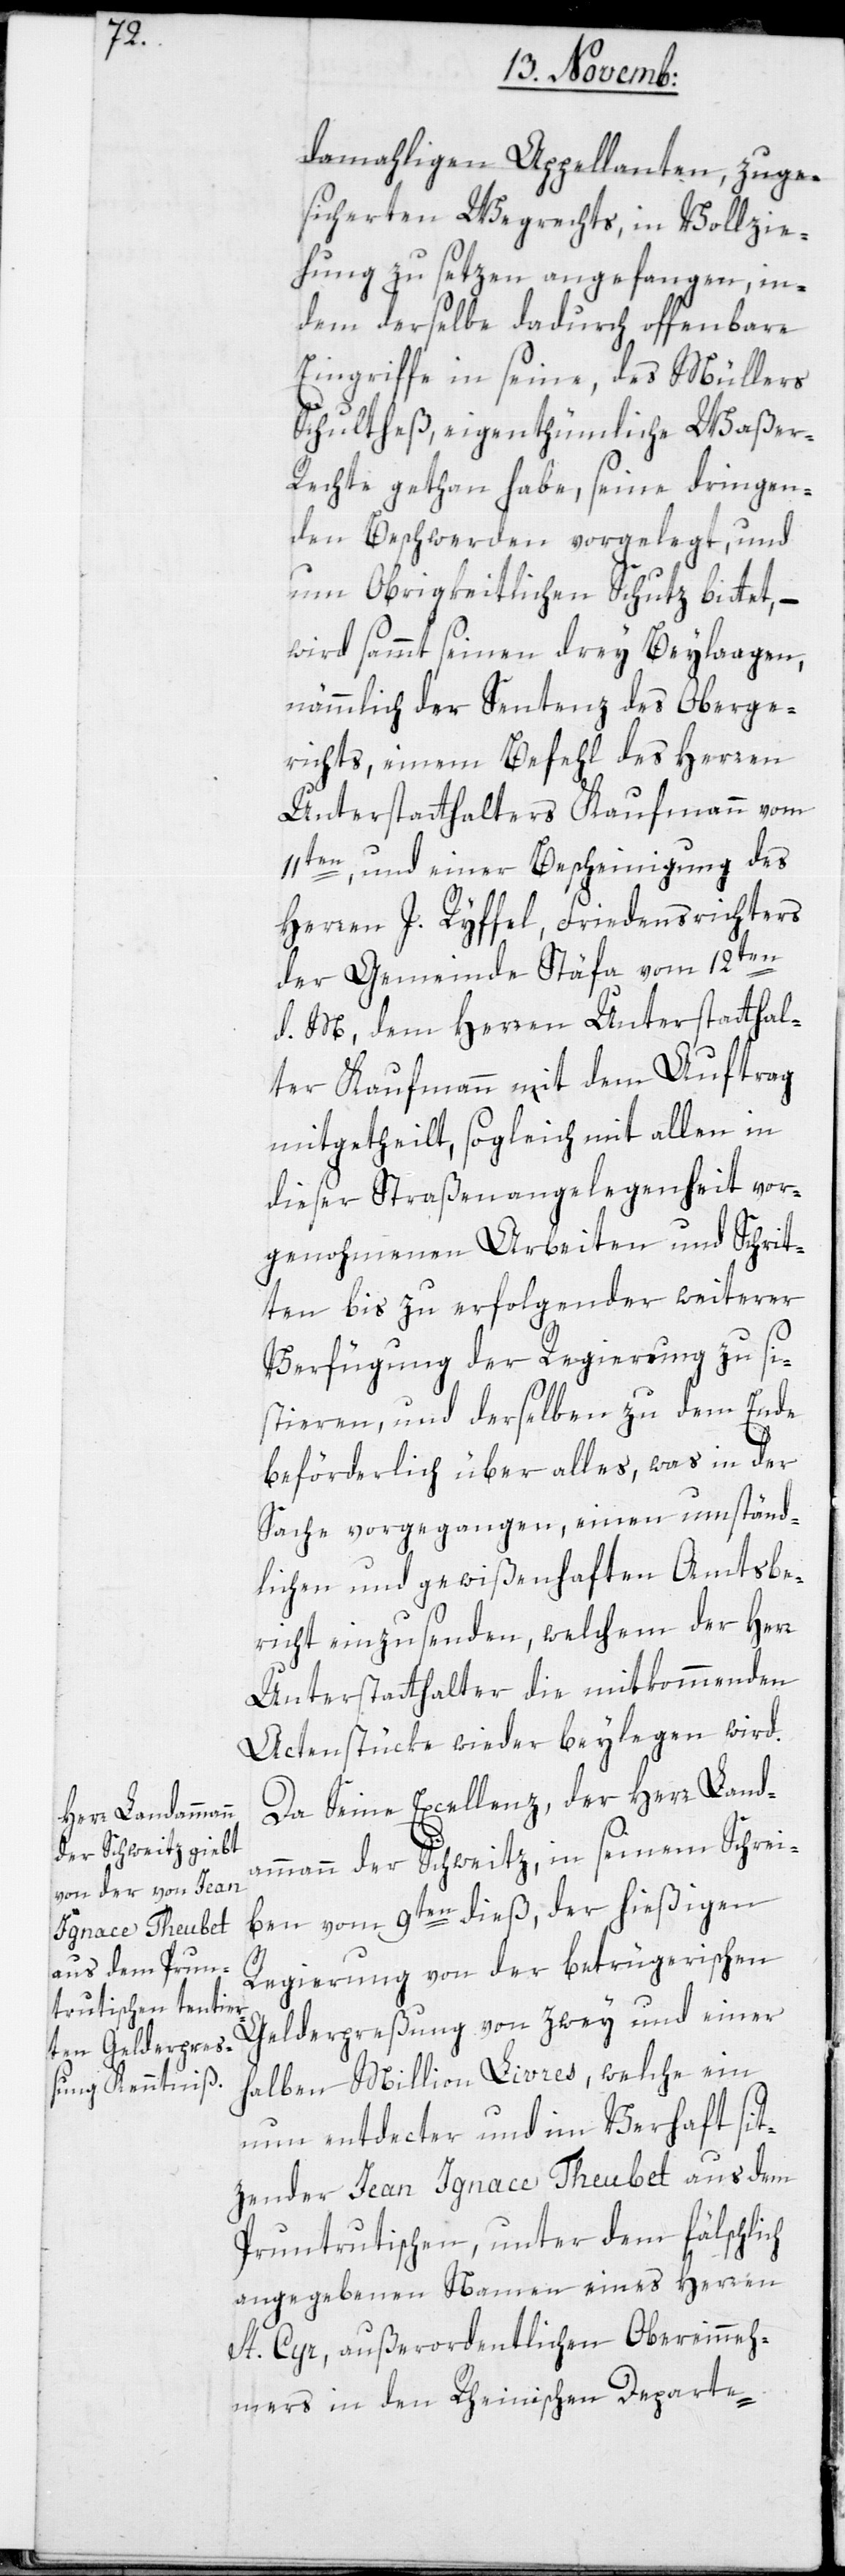
damahligen Appellanten, zuge¬
sicherten Wegrechts, in Vollzie¬
hung zu setzen angefangen, in¬
dem derselbe dadurch offenbare
Eingriffe in seine, des Müllers
Schultheß, eigenthümliche Waßer-R¬
echte gethan habe, seine dringen¬
den Beschwerden vorgelegt, und
um Obrigkeitlichen Schutz bittet,
wird sammt seinen drey Beylagen,
nämmlich der Sentenz des Oberge¬
richts, einem Befehl des Herren
Unterstatthalters Kaufmann vom
11ten, und einer Bescheinigung des
Herren J. Ryffel, Friedensrichters
der Gemeinde Stäfa vom 12ten
d. M., dem Herren Unterstatthal¬
ter Kaufmann mit dem Auftrag
mitgetheilt, sogleich mit allen in
dieser Straßenangelegenheit vor¬
genohmenen Arbeiten und Schrit¬
ten bis zu erfolgender weiterer
Verfügung der Regierung zu si¬
stieren, und derselben zu dem Ende
beförderlich über alles, was in der
Sache vorgegangen, einen umständ¬
lichen und gewißenhaften Amtsbe¬
richt einzusenden, welchem der Herr
Unterstatthalter die mitkommenden
Actenstüke wieder beylegen wird.
Da Seine Excellenz der Herr Landa¬
mmann der Schweitz, in seinem Schrei¬
ben vom 9ten dieß, der hießigen
Regierung von der betrügerischen
Gelderpreßung von zwey und einer
halben Million Livres, welche ein
nun entdecter und im Verhaft sit¬
zender Jean Ignace Theubet aus dem
Pruntrutischen, unter dem fälschlich
angegebenen Namen eines Herren
St. Cyr, außerordentlichen Obereinneh¬
mers in den rheinischen Departe-